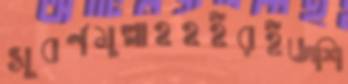
সূবর্ণমুল্লাহহইরইজশি